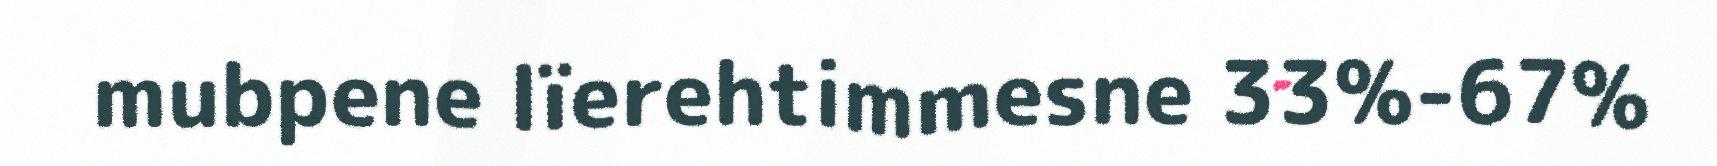
mubpene lïerehtimmesne 33%-67%